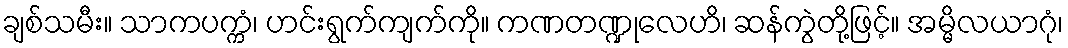
ချစ်သမီး။ သာကပက္ကံ၊ ဟင်းရွက်ကျက်ကို။ ကဏတဏ္ဍုလေဟိ၊ ဆန်ကွဲတို့ဖြင့်။ အမ္မိလယာဂုံ၊